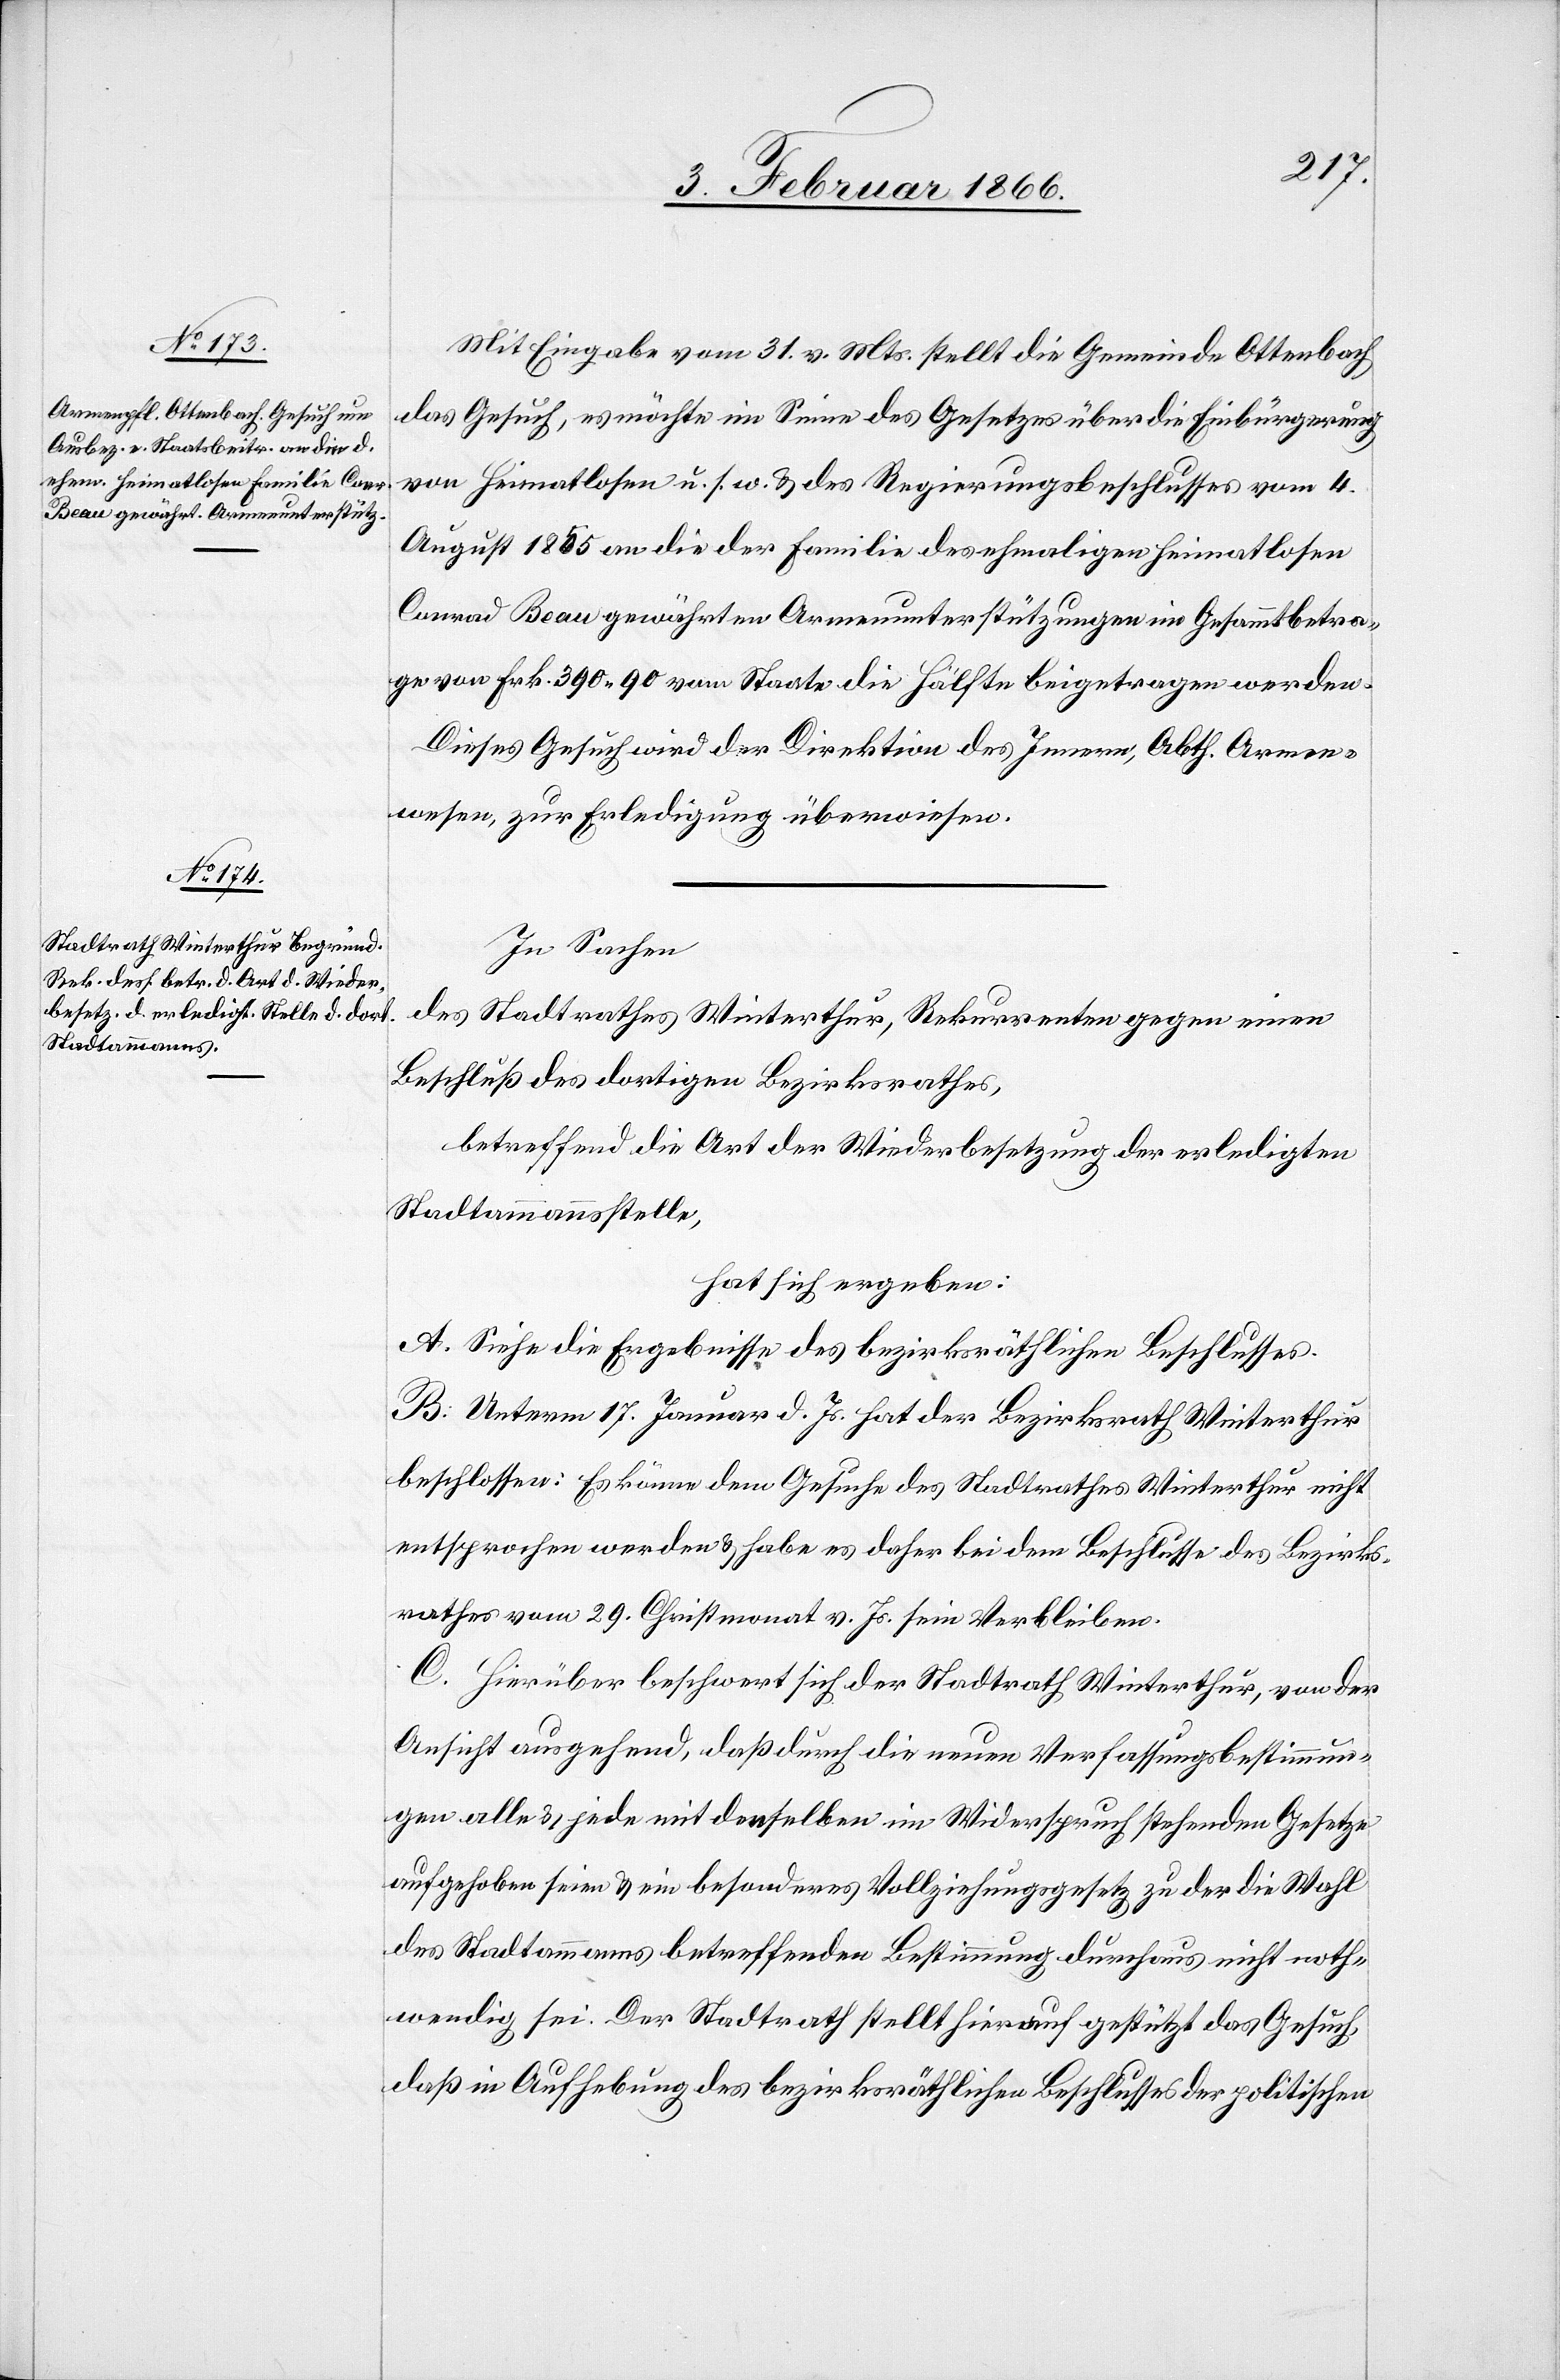
Mit Eingabe vom 31. v. Mts. stellt die Gemeinde Ottenbach
das Gesuch, es möchte im Sinne des Gesetzes über die Einbürgerung
von Heimatlosen u. s. w. u. des Regierungsbeschlusses vom 4.
August 1865 an die der Familie des ehemaligen Heimatlosen
Conrad Beau gewährten Armenunterstützungen im Gesammtbetra¬
g von Frk. 390 90 vom Staate die Hälfte beigetragen werden.
Dieses Gesuch wird der Direktion des Innern, Abth. Armen¬
wesen, zur Erledigung überwiesen.
In Sachen
des Stadtrathes Winterthur, Rekurrenten gegen einen
Beschluß des dortigen Bezirksrathes,
betreffend die Art der Wiederbesetzung der erledigten
Stadtammannsstelle,
hat sich ergeben:
A. Siehe die Ergebnisse des bezirksräthlichen Beschlusses.
B. Unterm 17. Januar d. Js. hat der Bezirksrath Winterthur
beschlossen: Es könne dem Gesuche des Stadtrathes Winterthur nicht
entsprochen werden u. habe es daher bei dem Beschlusse des Bezirks¬
rathes vom 29. Christmonat v. Js. sein Verbleiben.
C. Hierüber beschwert sich der Stadtrath Winterthur, von der
Ansicht ausgehend, daß durch die neuen Verfassungsbestimmun¬
gen alle u. jede mit denselben im Widerspruch stehenden Gesetze
aufgehoben seien u. ein besonderes Vollziehungsgesetz zu der die Wahl
des Stadtammans betreffenden Bestimmung durchaus nicht noth¬
wendig sei. Der Stadtrath stellt hierauf gestützt das Gesuch,
daß in Aufhebung des bezirksräthlichen Beschlusses der politischen